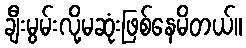
ချီးမွမ်းလို့မဆုံးဖြစ်နေမိတယ်။